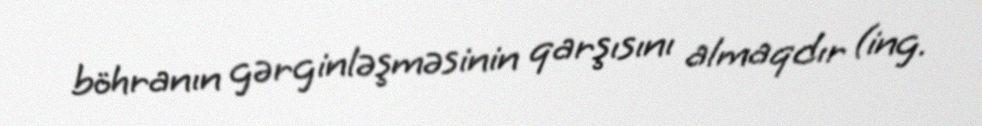
böhranın gərginləşməsinin qarşısını almaqdır (ing.